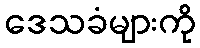
ဒေသခံများကို